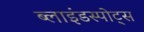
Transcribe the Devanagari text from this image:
ब्लाइंडस्पोट्स